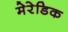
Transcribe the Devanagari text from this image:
मेरेडिक